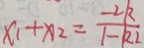
x _ { 1 } + x _ { 2 } = \frac { - 2 k } { 1 - k _ { 2 } }